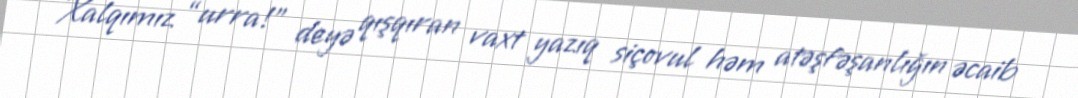
Xalqımız “urra!” deyə qışqıran vaxt yazıq siçovul həm atəşfəşanlığın əcaib